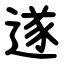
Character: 遂